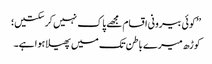
’’کوئی بیرونی اقسام مجھے پاک نہیں کر سکتیں؛
کوڑھ میرے باطن تک میں پھیلا ہوا ہے۔